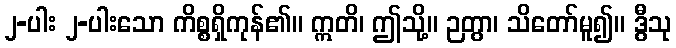
၂-ပါး ၂-ပါးသော ကိစ္စရှိကုန်၏။ ဣတိ၊ ဤသို့။ ဉတွာ၊ သိတော်မူ၍။ ဒွီသု